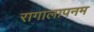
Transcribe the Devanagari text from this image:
रागालापनम